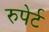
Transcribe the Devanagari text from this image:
रुपेर्ट